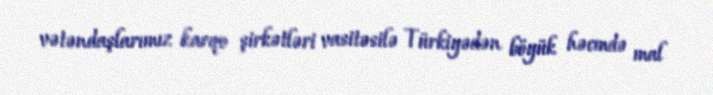
vətəndaşlarımız karqo şirkətləri vasitəsilə Türkiyədən böyük həcmdə mal